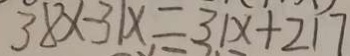
3 8 x - 3 1 x = 3 1 x + 2 1 7